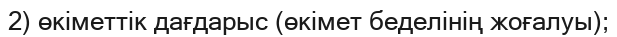
2) өкіметтік дағдарыс (өкімет беделінің жоғалуы);